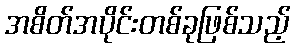
အစိတ်အပိုင်းတစ်ခုဖြစ်သည့်